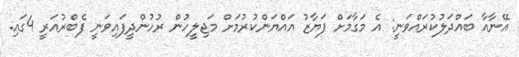
އޭނާއާ ބައްދަލުކުރައްވަނީ: އެ މަގާމަށް ފަޔާޒު އައްޔަންކުރުމަށް މަޖިލީހުން ރުހުންދީފައިވަނީ ފެބްރުއަރީ 4ގައި.